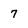
Character: 7